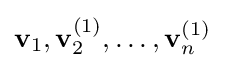
\mathbf {v} _{1},\mathbf {v} _{2}^{(1)},\dots ,\mathbf {v} _{n}^{(1)}